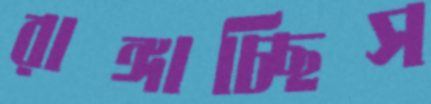
রাঙ্গাচ্ছিস